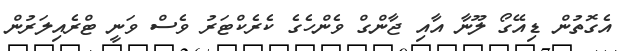
އެގޮތުން ޑިއޭގޯ ލޫނާ އާއި ޖާންގް ވެންހެގެ ކެރެކްޓަރު ވެސް ވަނީ ޓްރެއިލަރުން